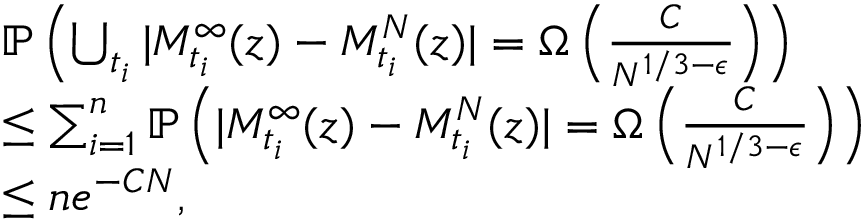
\begin{array} { r l } & { \mathbb { P } \left( \bigcup _ { t _ { i } } | M _ { t _ { i } } ^ { \infty } ( z ) - M _ { t _ { i } } ^ { N } ( z ) | = \Omega \left( \frac { C } { N ^ { 1 / 3 - \epsilon } } \right) \right) } \\ & { \leq \sum _ { i = 1 } ^ { n } \mathbb { P } \left( | M _ { t _ { i } } ^ { \infty } ( z ) - M _ { t _ { i } } ^ { N } ( z ) | = \Omega \left( \frac { C } { N ^ { 1 / 3 - \epsilon } } \right) \right) } \\ & { \leq n e ^ { - C N } , } \end{array}